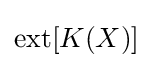
\mathrm {ext} [K(X)]